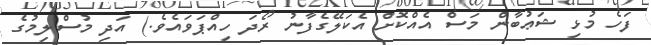
ފަހެ މުޅި ޝަޢުބާން މަސް އެއްކޮށް އެކަލޭގެފާނު ރޯދަ ހިއްޕަވައެވެ.) އަދި މުސްލިމުގެ